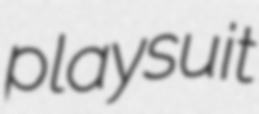
playsuit